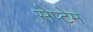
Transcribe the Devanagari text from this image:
सेप्टेम